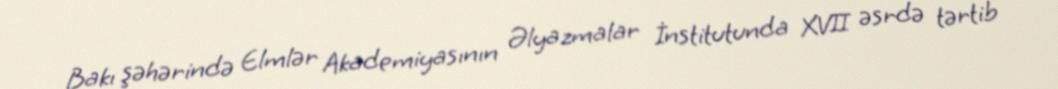
Bakı şəhərində Elmlər Akademiyasının Əlyazmalar İnstitutunda XVII əsrdə tərtib